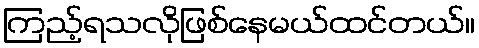
ကြည့်ရသလိုဖြစ်နေမယ်ထင်တယ်။